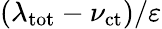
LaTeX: (\lambda_{\mathrm{tot}}-\nu_{\mathrm{ct}})/\varepsilon